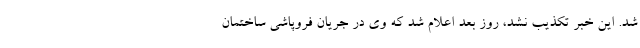
شد. این خبر تکذیب نشد، روز بعد اعلام شد که وی در جریان فروپاشی ساختمان